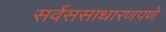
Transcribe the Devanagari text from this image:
सर्वससाधारणपणे